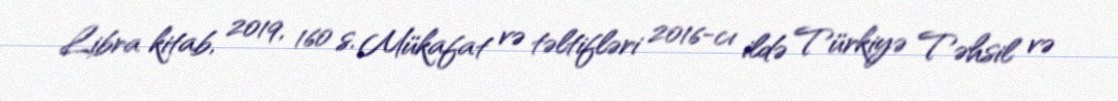
Libra kitab, 2019, 160 s. Mükafat və təltifləri 2016-cı ildə Türkiyə Təhsil və